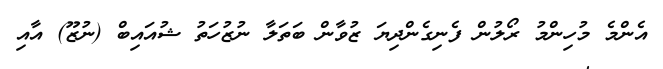
އެންމެ މުހިންމު ރޯލުން ފެނިގެންދިޔަ ޒުވާން ބަތަލާ ނުޒުހަތު ޝުއައިބް (ނުޒޫ) އާއި